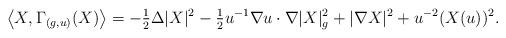
LaTeX: \begin{align*}\left\langle X, \Gamma_{( g, u)}(X) \right\rangle= -\tfrac{1}{2} \Delta |X|^2 - \tfrac{1}{2} u^{-1} {\nabla u} \cdot \nabla |X|_g^2 + |\nabla X|^2 + u^{-2} (X ( u))^2.\end{align*}